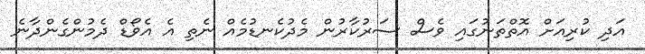
އަދި ކުރިއަށް އޮތްތަނުގައި ވެސް ސަރުކާރުން މެދުކެނޑުމެއް ނެތި އެ އެވޯޑް ދެމުންގެންދާނެ